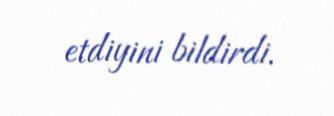
etdiyini bildirdi.